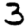
Digit: 3